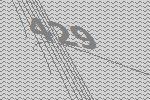
429